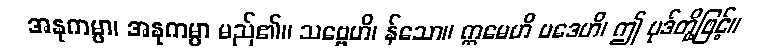
အနုကမ္ပာ၊ အနုကမ္ပာ မည်၏။ သဗ္ဗေဟိ၊ န်သော။ ဣမေဟိ ပဒေဟိ၊ ဤ ပုဒ်တို့ဖြင့်။